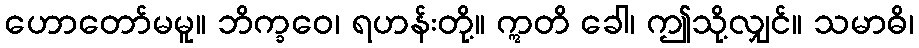
ဟောတော်မမူ။ ဘိက္ခဝေ၊ ရဟန်းတို့။ ဣတိ ခေါ၊ ဤသို့လျှင်။ သမာဓိ၊